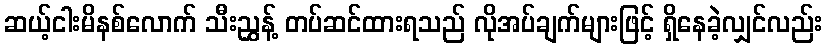
ဆယ့်ငါးမိနစ်လောက် သီးညွှန့် တပ်ဆင်ထားရသည် လိုအပ်ချက်များဖြင့် ရှိနေခဲ့လျှင်လည်း